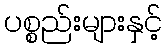
ပစ္စည်းများနှင့်